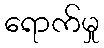
ရောက်မှု